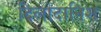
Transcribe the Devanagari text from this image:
दिलोदानिश